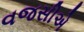
વજસીએ